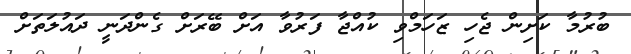
ބުރުމާ ކަށިން ޖެހި ޒަހަމްވި ކުއްޖާ ފަރުވާ އަށް ބޭރަށް ގެންދަނީ ދައުލަތަށް